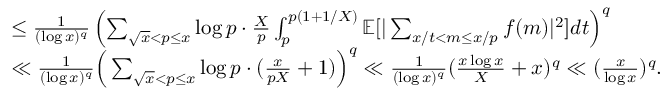
\begin{array} { r l } & { \le \frac { 1 } { ( \log x ) ^ { q } } \left( \sum _ { \sqrt { x } < p \le x } \log p \cdot \frac { X } { p } \int _ { p } ^ { p ( 1 + 1 / X ) } \mathbb E [ | \sum _ { x / t < m \le x / p } f ( m ) | ^ { 2 } ] d t \right) ^ { q } } \\ & { \ll \frac { 1 } { ( \log x ) ^ { q } } \Big ( \sum _ { \sqrt { x } < p \le x } \log p \cdot ( \frac { x } { p X } + 1 ) \Big ) ^ { q } \ll \frac { 1 } { ( \log x ) ^ { q } } ( \frac { x \log x } { X } + x ) ^ { q } \ll ( \frac { x } { \log x } ) ^ { q } . } \end{array}